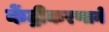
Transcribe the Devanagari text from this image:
केंद्रीकरणाने